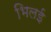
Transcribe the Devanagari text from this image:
भिलई